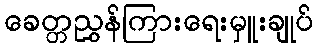
ခေတ္တညွှန်ကြားရေးမှူးချုပ်